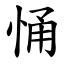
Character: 悀